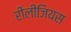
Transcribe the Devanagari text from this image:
रीलीजियस